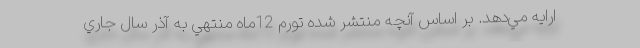
ارايه مي‌دهد. بر اساس آنچه منتشر شده تورم 12ماه منتهي به آذر سال جاري